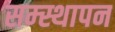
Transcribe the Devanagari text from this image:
सम्स्थापन